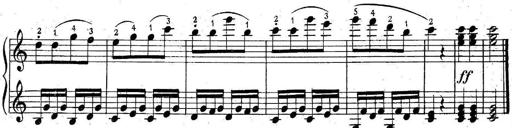
Title: 6 Easy Sonatinas
Composer: Carl Czerny